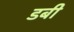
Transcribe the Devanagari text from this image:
डबी